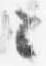
々